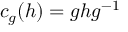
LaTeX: c _ { g } ( h ) = g h g ^ { - 1 }